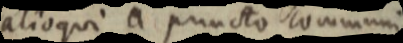
alioqui a puncto communi